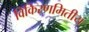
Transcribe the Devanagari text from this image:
विकिरणमितीय